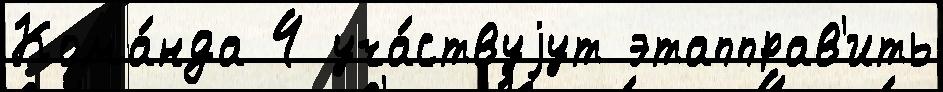
Кома́нда 4 уча́ствуjут этапправ'ить